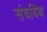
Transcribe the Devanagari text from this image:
संधयिथ